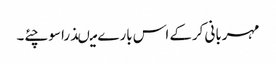
مہربانی کرکے اس بارے میںذرا سوچئے۔